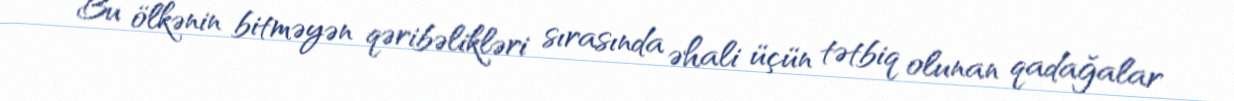
Bu ölkənin bitməyən qəribəlikləri sırasında əhali üçün tətbiq olunan qadağalar